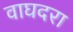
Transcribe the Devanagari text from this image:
वाघदरा